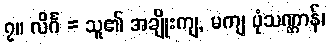
၇။ လိင်္ဂ = သူ၏ အချိုးကျ, မကျ ပုံသဏ္ဌာန်၊